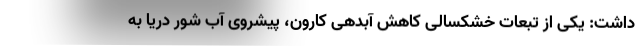
داشت: یکی از تبعات خشکسالی کاهش آبدهی کارون، پیشروی آب شور دریا به